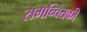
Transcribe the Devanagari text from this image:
समन्वितकी